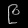
Digit: ၉